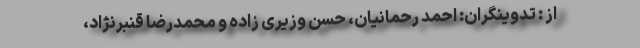
از : تدوینگران: احمد رحمانیان، حسن وزیری زاده و محمدرضا قنبرنژاد،